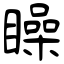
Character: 矂